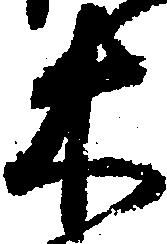
木